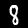
Label: 8